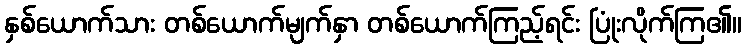
နှစ်ယောက်သား တစ်ယောက်မျက်နှာ တစ်ယောက်ကြည့်ရင်း ပြုံးလိုက်ကြ၏။